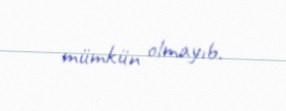
mümkün olmayıb.